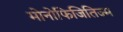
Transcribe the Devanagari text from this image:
मोनोफिजितिज्म